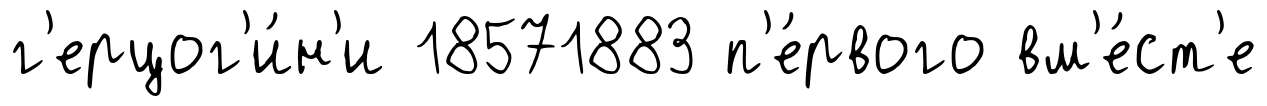
г'ерцог'и́н'и 18571883 п'е́рвого вм'е́ст'е